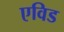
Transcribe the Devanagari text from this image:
एविड